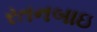
રતનબાઇ